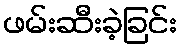
ဖမ်းဆီးခဲ့ခြင်း